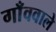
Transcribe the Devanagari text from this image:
गाँववाले